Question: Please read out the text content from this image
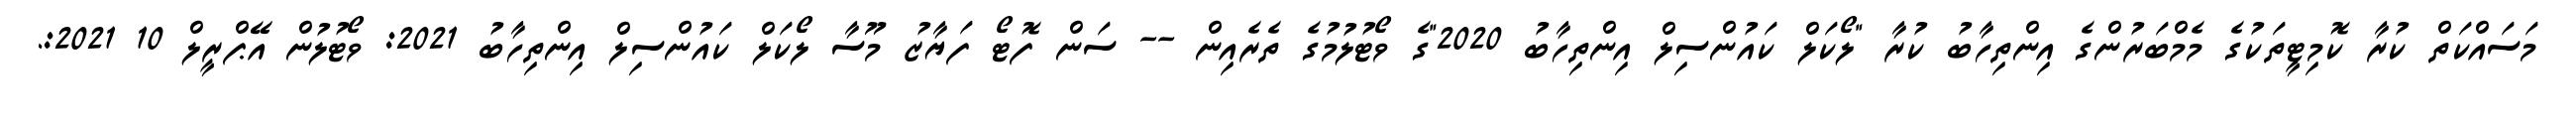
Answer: މަސައްކަތް ކުރާ ކޮމިޓީތަކުގެ މެމްބަރުންގެ އިންތިހާބު ކުރާ "ލޯކަލް ކައުންސިލް އިންތިހާބު 2020"ގެ ވޯޓުލުމުގެ ތެރެއިން -- ސަން ފޮޓޯ ފަޔާޒު މޫސާ ލޯކަލް ކައުންސިލް އިންތިހާބު 2021: ވޯޓުލުން އޭޕްރީލް 10 2021:.